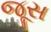
જૂસ